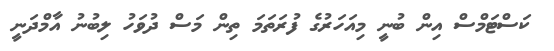
ކަސްޓަމްސް އިން ބުނީ މިއަހަރުގެ ފުރަތަމަ ތިން މަސް ދުވަހު ލިބުނު އާމްދަނީ